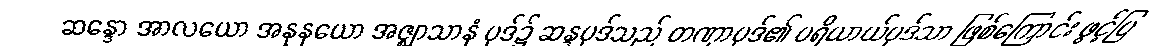
ဆန္ဒော အာလယော အနုနယော အဇ္ဈာသာနံ ပုဒ်၌ ဆန္ဒပုဒ်သည် တဏှာပုဒ်၏ ပရိယာယ်ပုဒ်သာ ဖြစ်ကြောင်း ဖွင့်ပြ